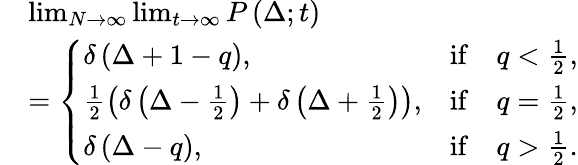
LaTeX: \begin{array}{rl}&{\operatorname*{lim}_{N\to\infty}\operatorname*{lim}_{t\to\infty}P\left(\Delta;t\right)}\\ &{=\left\{ \begin{array}{lcc}{\delta\left(\Delta+1-q\right),}&{\mathrm{if}}&{q<\frac{1}{2},}\\ {\frac{1}{2}\left(\delta\left(\Delta-\frac{1}{2}\right)+\delta\left(\Delta+\frac{1}{2}\right)\right),}&{\mathrm{if}}&{q=\frac{1}{2},}\\ {\delta\left(\Delta-q\right),}&{\mathrm{if}}&{q>\frac{1}{2}.}\end{array}\right.}\end{array}